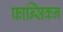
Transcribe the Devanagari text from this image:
फ्रान्सिकन